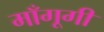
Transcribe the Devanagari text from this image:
माँगूगी